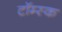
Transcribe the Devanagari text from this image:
टॉम्स्क